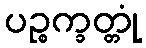
ပဉ္စက္ခတ္တုံ